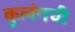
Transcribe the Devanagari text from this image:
कुलंगची